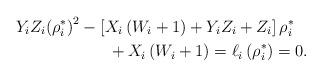
LaTeX: \begin{align*}&{Y_i}{Z_i}{\left( {\rho _i^*} \right)^2} - \left[ {{X_i}\left( {{W_i} + 1} \right) + {Y_i}{Z_i} + {Z_i}} \right]\rho _i^* \\&\;\;\;\;\;\;\;\;\;\;\;\;\;\;\;\;\;\;\;\;+ {X_i}\left( { W_i + 1} \right)= \ell_i\left(\rho _i^*\right) = 0.\end{align*}